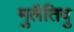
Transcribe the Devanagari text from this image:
मुलैतिवु